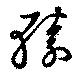
轅